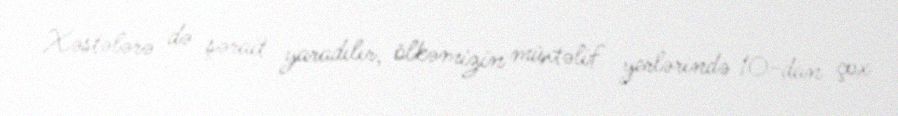
Xəstələrə də şərait yaradılır, ölkəmizin müxtəlif yerlərində 10-dan çox